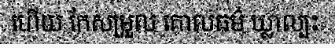
ហើយ កែសម្រួល គោលធម៌ ឃ្លាល្បះ